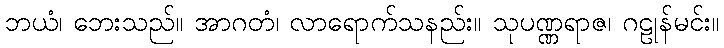
ဘယံ၊ ဘေးသည်။ အာဂတံ၊ လာရောက်သနည်း။ သုပဏ္ဏရာဇ၊ ဂဠုန်မင်း။